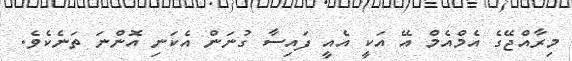
މިރާއްޖޭގެ އެމްއެމް އޭ އަކީ އެއީ ފައިސާ ގުނަން އެކަނި އޮންނަ ތަނެކެވެ.